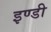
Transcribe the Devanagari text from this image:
इण्डी